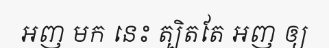
អញ មក នេះ ត្បិតតែ អញ ឲ្យ